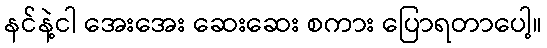
နင်နဲ့ငါ အေးအေး ဆေးဆေး စကား ပြောရတာပေါ့။